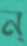
ন্